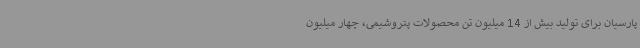
پارسیان برای تولید بیش از 14 میلیون تن محصولات پتروشیمی، چهار میلیون